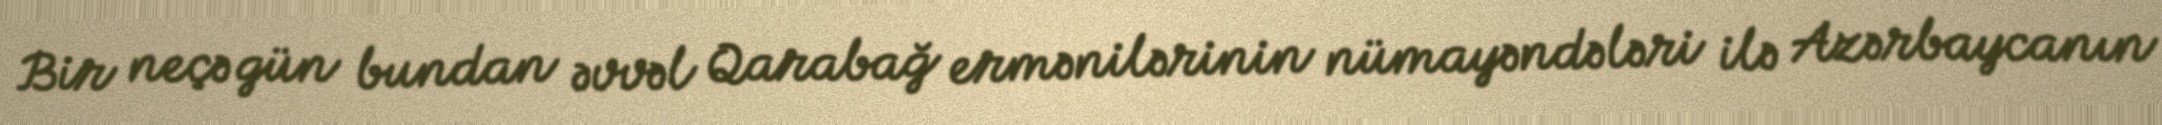
Bir neçə gün bundan əvvəl Qarabağ ermənilərinin nümayəndələri ilə Azərbaycanın